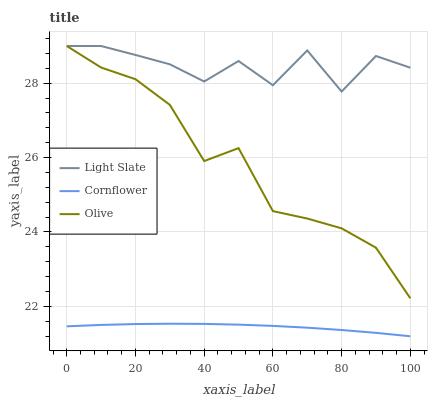
| xaxis_label | Light Slate | Cornflower | Olive |
 | --- | --- | --- | --- |
 | 0 | 29 | 21.5 | 29 |
 | 10 | 29 | 21.5 | 28.4 |
 | 20 | 28.8 | 21.5 | 28.1 |
 | 30 | 28.5 | 21.5 | 27.4 |
 | 40 | 28 | 21.5 | 25.9 |
 | 50 | 28.6 | 21.5 | 26.3 |
 | 60 | 27.9 | 21.5 | 24.6 |
 | 70 | 28.9 | 21.4 | 24.4 |
 | 80 | 27.8 | 21.4 | 24.1 |
 | 90 | 28.7 | 21.3 | 23.6 |
 | 100 | 28.4 | 21.2 | 22.2 |